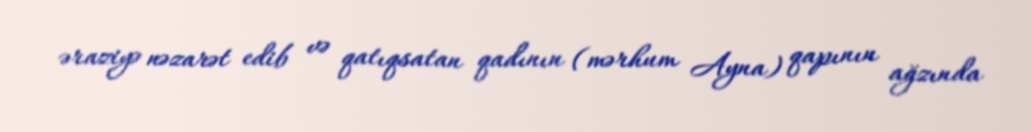
əraziyə nəzarət edib və qatıqsatan qadının (mərhum Ayna) qapının ağzında